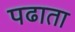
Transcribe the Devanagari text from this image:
पढाता